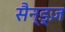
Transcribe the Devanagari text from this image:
सैन्ड्ज़